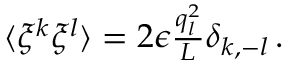
\begin{array} { r } { \langle \xi ^ { k } \xi ^ { l } \rangle = 2 \epsilon \frac { q _ { l } ^ { 2 } } { L } \delta _ { k , - l } \, . } \end{array}